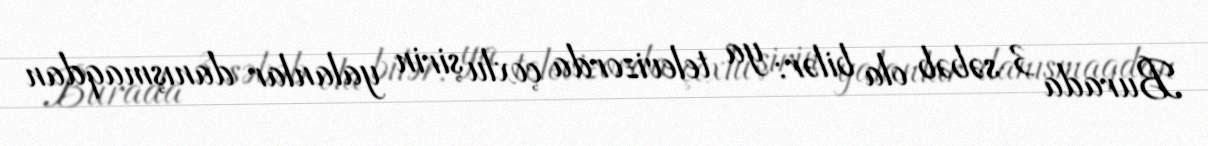
Burada 3 səbəb ola bilər: ya televizorda çoxlu şirin yalanlar danışmaqdan